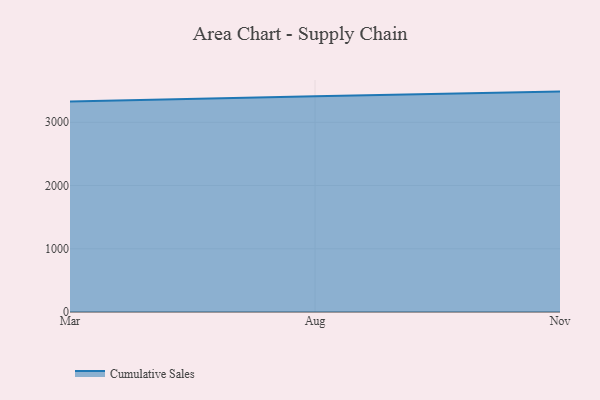
{"axis": {"x": "Month", "y": "Temperature (°C)"}, "legend": ["Cumulative Sales"], "data": [{"x": "Mar", "y": 3329.6, "type": "Cumulative Sales"}, {"x": "Aug", "y": 3413.5, "type": "Cumulative Sales"}, {"x": "Nov", "y": 3485.2, "type": "Cumulative Sales"}]}